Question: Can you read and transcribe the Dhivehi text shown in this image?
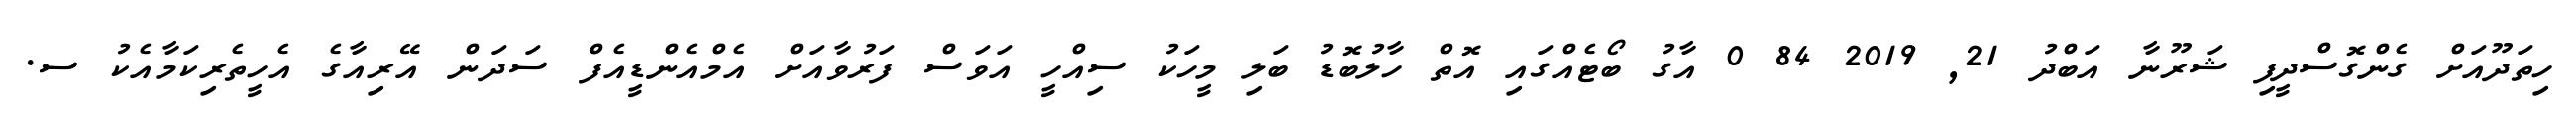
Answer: ހިތަދޫއަށް ގެންގޮސްދީފި ޝަރޫނާ އަބްދު 21, 2019 84 0 އާގު ބޯޓެއްގައި އޮތް ހާލުބޮޑު ބަލި މީހަކު ސިއްހީ އަވަސް ފަރުވާއަށް އެމްއެންޑީއެފް ސަދަން އޭރިއާގެ އެހީތެރިކަމާއެކު ސ.